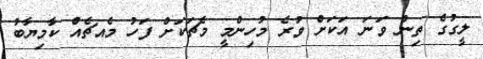
ލީގުގެ ތިން ވަނަ އަކަށް ވުރެ މުހިންމީ މެޗަކަށް ފަހު މެއޗެއް ކާމިޔާބު